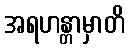
အရဟန္တာမှာတိ